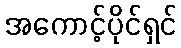
အကောင့်ပိုင်ရှင်